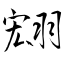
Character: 翝